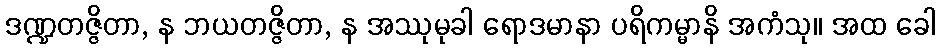
ဒဏ္ဍတဇ္ဇိတာ, န ဘယတဇ္ဇိတာ, န အဿုမုခါ ရောဒမာနာ ပရိကမ္မာနိ အကံသု။ အထ ခေါ